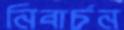
নিবার্চন